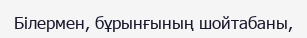
Білермен, бұрынғының шойтабаны,